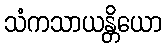
သံကသာယန္တိယော